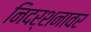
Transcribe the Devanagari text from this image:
निदर्शनावर